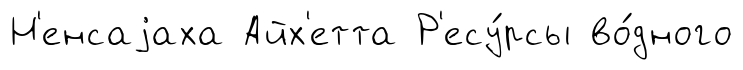
Н'енсаjаха Айх'етта Р'есу́рсы во́дного